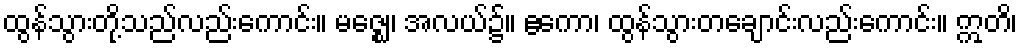
ထွန်သွားတို့သည်လည်းကောင်း။ မဇ္ဈေ၊ အလယ်၌။ ဧကော၊ ထွန်သွားတချောင်းလည်းကောင်း။ ဣတိ၊